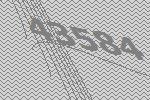
43584